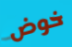
خوض